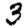
Digit: 3